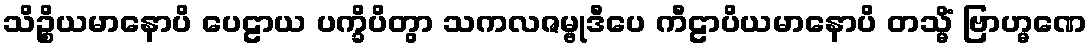
သိဉ္စိယမာနောပိ ပေဠာယ ပက္ခိပိတွာ သကလဇမ္ဗုဒီပေ ကီဠာပိယမာနောပိ တသ္မိံ ဗြာဟ္မဏေ